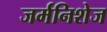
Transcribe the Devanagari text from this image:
जर्मनिशेज